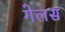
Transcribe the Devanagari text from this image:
गेलस